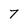
Character: 7